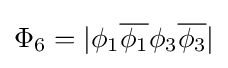
\Phi _{6}=|\phi _{1}{\overline {\phi _{1}}}\phi _{3}{\overline {\phi _{3}}}|